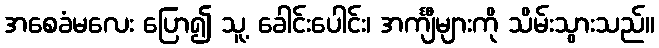
အစေခံမလေး ပြော၍ သူ့ ခေါင်းပေါင်း၊ အင်္ကျီများကို သိမ်းသွားသည်။